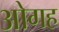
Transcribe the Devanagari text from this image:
ओगह